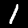
Label: 1